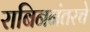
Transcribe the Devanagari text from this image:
राबिननंतरचे